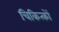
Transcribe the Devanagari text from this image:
चिकित्कों